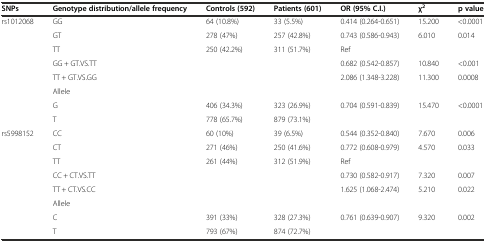
| SNPs | Genotype distribution/allele frequency | Controls (592) | Patients (601) | OR (95% C.I.) | χ 2 | p value |
 | --- | --- | --- | --- | --- | --- | --- |
 | <ROWSPAN=8> rs1012068 | GG | 64 (10.8%) | 33 (5.5%) | 0.414 (0.264-0.651) | 15.200 | <0.0001 |
 | GT | 278 (47%) | 257 (42.8%) | 0.743 (0.586-0.943) | 6.010 | 0.014 |
 | TT | 250 (42.2%) | 311 (51.7%) | Ref |  |  |
 | GG + GT.VS.TT |  |  | 0.682 (0.542-0.857) | 10.840 | <0.001 |
 | TT + GT.VS.GG |  |  | 2.086 (1.348-3.228) | 11.300 | 0.0008 |
 | Allele |  |  |  |  |  |
 | G | 406 (34.3%) | 323 (26.9%) | <ROWSPAN=2> 0.704 (0.591-0.839) | <ROWSPAN=2> 15.470 | <ROWSPAN=2> <0.0001 |
 | T | 778 (65.7%) | 879 (73.1%) |
 | <ROWSPAN=8> rs5998152 | CC | 60 (10%) | 39 (6.5%) | 0.544 (0.352-0.840) | 7.670 | 0.006 |
 | CT | 271 (46%) | 250 (41.6%) | 0.772 (0.608-0.979) | 4.570 | 0.033 |
 | TT | 261 (44%) | 312 (51.9%) | Ref |  |  |
 | CC + CT.VS.TT |  |  | 0.730 (0.582-0.917) | 7.320 | 0.007 |
 | TT + CT.VS.CC |  |  | 1.625 (1.068-2.474) | 5.210 | 0.022 |
 | Allele |  |  |  |  |  |
 | C | 391 (33%) | 328 (27.3%) | <ROWSPAN=2> 0.761 (0.639-0.907) | <ROWSPAN=2> 9.320 | <ROWSPAN=2> 0.002 |
 | T | 793 (67%) | 874 (72.7%) |